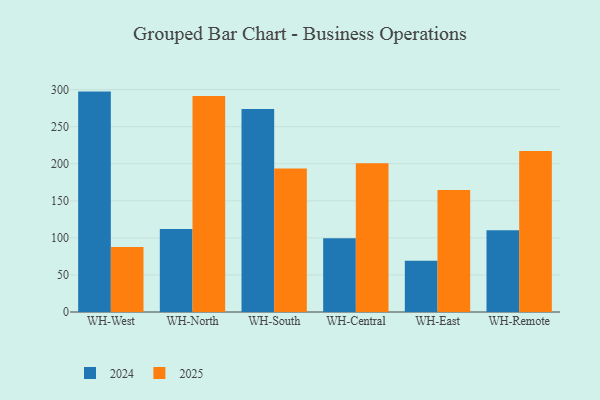
{"axis": {"x": "Warehouse", "y": "Tickets Resolved"}, "legend": ["2024", "2025"], "data": [{"x": "WH-West", "y": 87.6, "type": "2025"}, {"x": "WH-West", "y": 297.3, "type": "2024"}, {"x": "WH-North", "y": 291.5, "type": "2025"}, {"x": "WH-North", "y": 111.9, "type": "2024"}, {"x": "WH-South", "y": 193.5, "type": "2025"}, {"x": "WH-South", "y": 273.8, "type": "2024"}, {"x": "WH-Central", "y": 200.5, "type": "2025"}, {"x": "WH-Central", "y": 99.5, "type": "2024"}, {"x": "WH-East", "y": 164.4, "type": "2025"}, {"x": "WH-East", "y": 69.3, "type": "2024"}, {"x": "WH-Remote", "y": 217.3, "type": "2025"}, {"x": "WH-Remote", "y": 110.2, "type": "2024"}]}